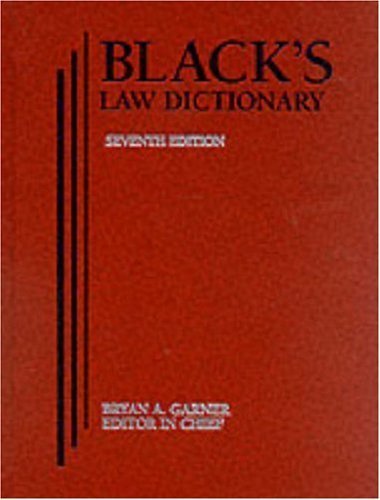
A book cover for Black's Law Dictionary 7th Edition 7th edition by Garner, Bryan A. published by West Group Hardcover; Law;